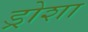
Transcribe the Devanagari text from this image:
ड्रोशा